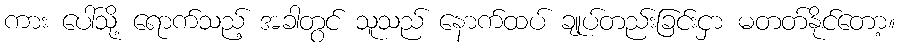
ကား ပေါ်သို့ ရောက်သည့် အခါတွင် သူသည် နောက်ထပ် ချုပ်တည်းခြင်းငှာ မတတ်နိုင်တော့။